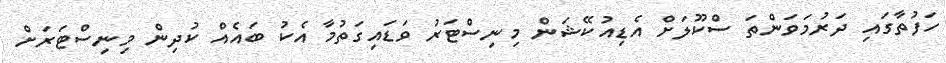
ހަފުތާގައި ދަރުމަވަންތަ ސްކޫލަށް އެޑިއުކޭޝަން މިނިސްޓަރު ވަޑައިގަތުމާ އެކު ބައެއް ކުދިން މިނިސްޓަރަށް